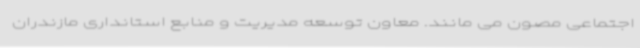
اجتماعی مصون می مانند. معاون توسعه مدیریت و منابع استانداری مازندران